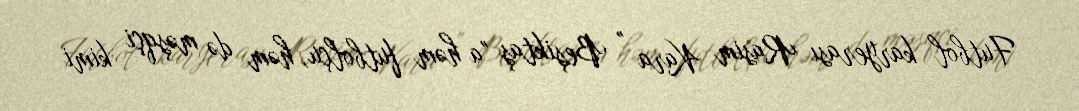
Futbol karyerası Rasim Kara " Beşiktaş "a həm futbolçu, həm də məşqçi kimi